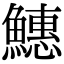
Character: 𬵪